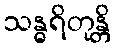
သန္ဓရိတုန္တိ